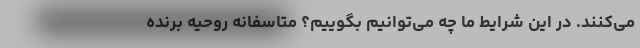
می‌کنند. در این شرایط ما چه می‌توانیم بگوییم؟ متاسفانه روحیه برنده